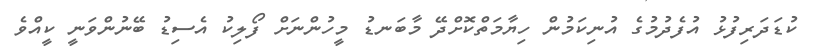
ކުޑަދަރިފުޅު އުފެދުމުގެ އުނިކަމުން ހިޔާމަތްކޮށްދޭ މާބަނޑު މީހުންނަށް ފޯލިކު އެސިޑު ބޭނުންވަނީ ކީއްވެ